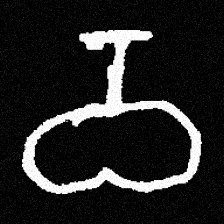
Pyu character \u2014 Myanmar letter: ဝ (romanized: wa)